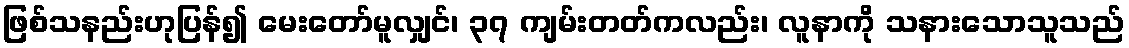
ဖြစ်သနည်းဟုပြန်၍ မေးတော်မူလျှင်၊ ၃၇ ကျမ်းတတ်ကလည်း၊ လူနာကို သနားသောသူသည်